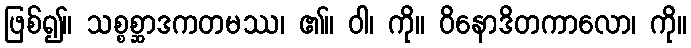
ဖြစ်၍။ သစ္စစ္ဆာဒကတမဿ၊ ၏။ ဝါ၊ ကို။ ဝိနောဒိတကာလော၊ ကို။